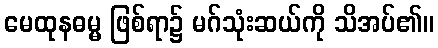
မေထုနဓမ္မ ဖြစ်ရာ၌ မဂ်သုံးဆယ်ကို သိအပ်၏။